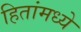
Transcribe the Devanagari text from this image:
हितांमध्ये